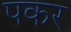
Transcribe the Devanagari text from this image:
पकर